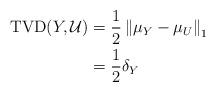
LaTeX: \begin{align*}\mathrm{TVD}(Y, \mathcal{U})& = \frac{1}{2} \left\| \mu_Y - \mu_U \right\|_1\\& = \frac{1}{2} \delta_Y\end{align*}